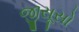
જીસૂસો